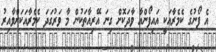
އެ ފޯނުގެ ކެމެރާއަކީ އައިފޯންއާ ވާދަކޮށް ގިނަ އޭރިއާތަކުން މާ ވަރުގަދަ ކެމެރާއަކަށްވާއިރު